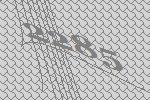
2285